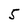
Character: 5